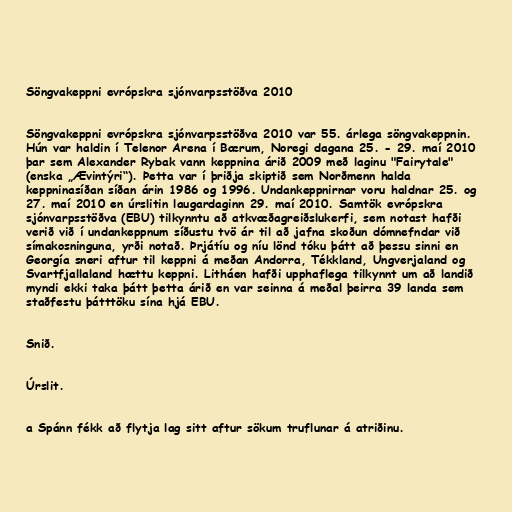
Söngvakeppni evrópskra sjónvarpsstöðva 2010

Söngvakeppni evrópskra sjónvarpsstöðva 2010 var 55. árlega söngvakeppnin.
Hún var haldin í Telenor Arena í Bærum, Noregi dagana 25. - 29. maí 2010
þar sem Alexander Rybak vann keppnina árið 2009 með laginu "Fairytale"
(enska „Ævintýri“). Þetta var í þriðja skiptið sem Norðmenn halda
keppninasíðan síðan árin 1986 og 1996. Undankeppnirnar voru haldnar 25. og
27. maí 2010 en úrslitin laugardaginn 29. maí 2010. Samtök evrópskra
sjónvarpsstöðva (EBU) tilkynntu að atkvæðagreiðslukerfi, sem notast hafði
verið við í undankeppnum síðustu tvö ár til að jafna skoðun dómnefndar við
símakosninguna, yrði notað. Þrjátíu og níu lönd tóku þátt að þessu sinni en
Georgía sneri aftur til keppni á meðan Andorra, Tékkland, Ungverjaland og
Svartfjallaland hættu keppni. Litháen hafði upphaflega tilkynnt um að landið
myndi ekki taka þátt þetta árið en var seinna á meðal þeirra 39 landa sem
staðfestu þátttöku sína hjá EBU.

Snið.

Úrslit.

a Spánn fékk að flytja lag sitt aftur sökum truflunar á atriðinu.